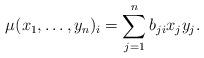
LaTeX: \begin{align*}\mu(x_1,\ldots,y_n)_i = \sum_{j=1}^n b_{ji} x_j y_j.\end{align*}